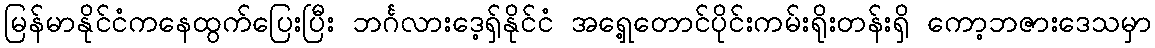
မြန်မာနိုင်ငံကနေထွက်ပြေးပြီး ဘင်္ဂလားဒေ့ရှ်နိုင်ငံ အရှေ့တောင်ပိုင်းကမ်းရိုးတန်းရှိ ကော့ဘဇားဒေသမှာ